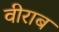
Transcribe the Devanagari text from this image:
वीराब